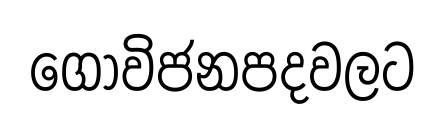
ගොවිජනපදවලට